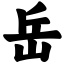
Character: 岳